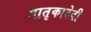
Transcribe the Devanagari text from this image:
मातृकादेवी